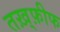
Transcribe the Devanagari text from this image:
तख़्फ़ीफ